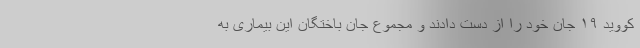
کووید ۱۹ جان خود را از دست دادند و مجموع جان باختگان این بیماری به